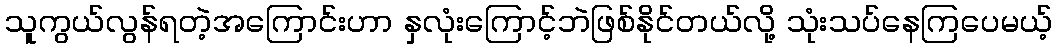
သူကွယ်လွန်ရတဲ့အကြောင်းဟာ နှလုံးကြောင့်ဘဲဖြစ်နိုင်တယ်လို့ သုံးသပ်နေကြပေမယ့်